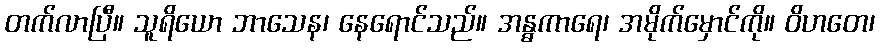
တက်လာပြီ။ သူရိယော ဘာသေန၊ နေရောင်သည်။ အန္ဓကာရေ၊ အမိုက်မှောင်ကို။ ဝိဟတေ၊